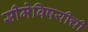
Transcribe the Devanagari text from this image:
सीमेविषयीची